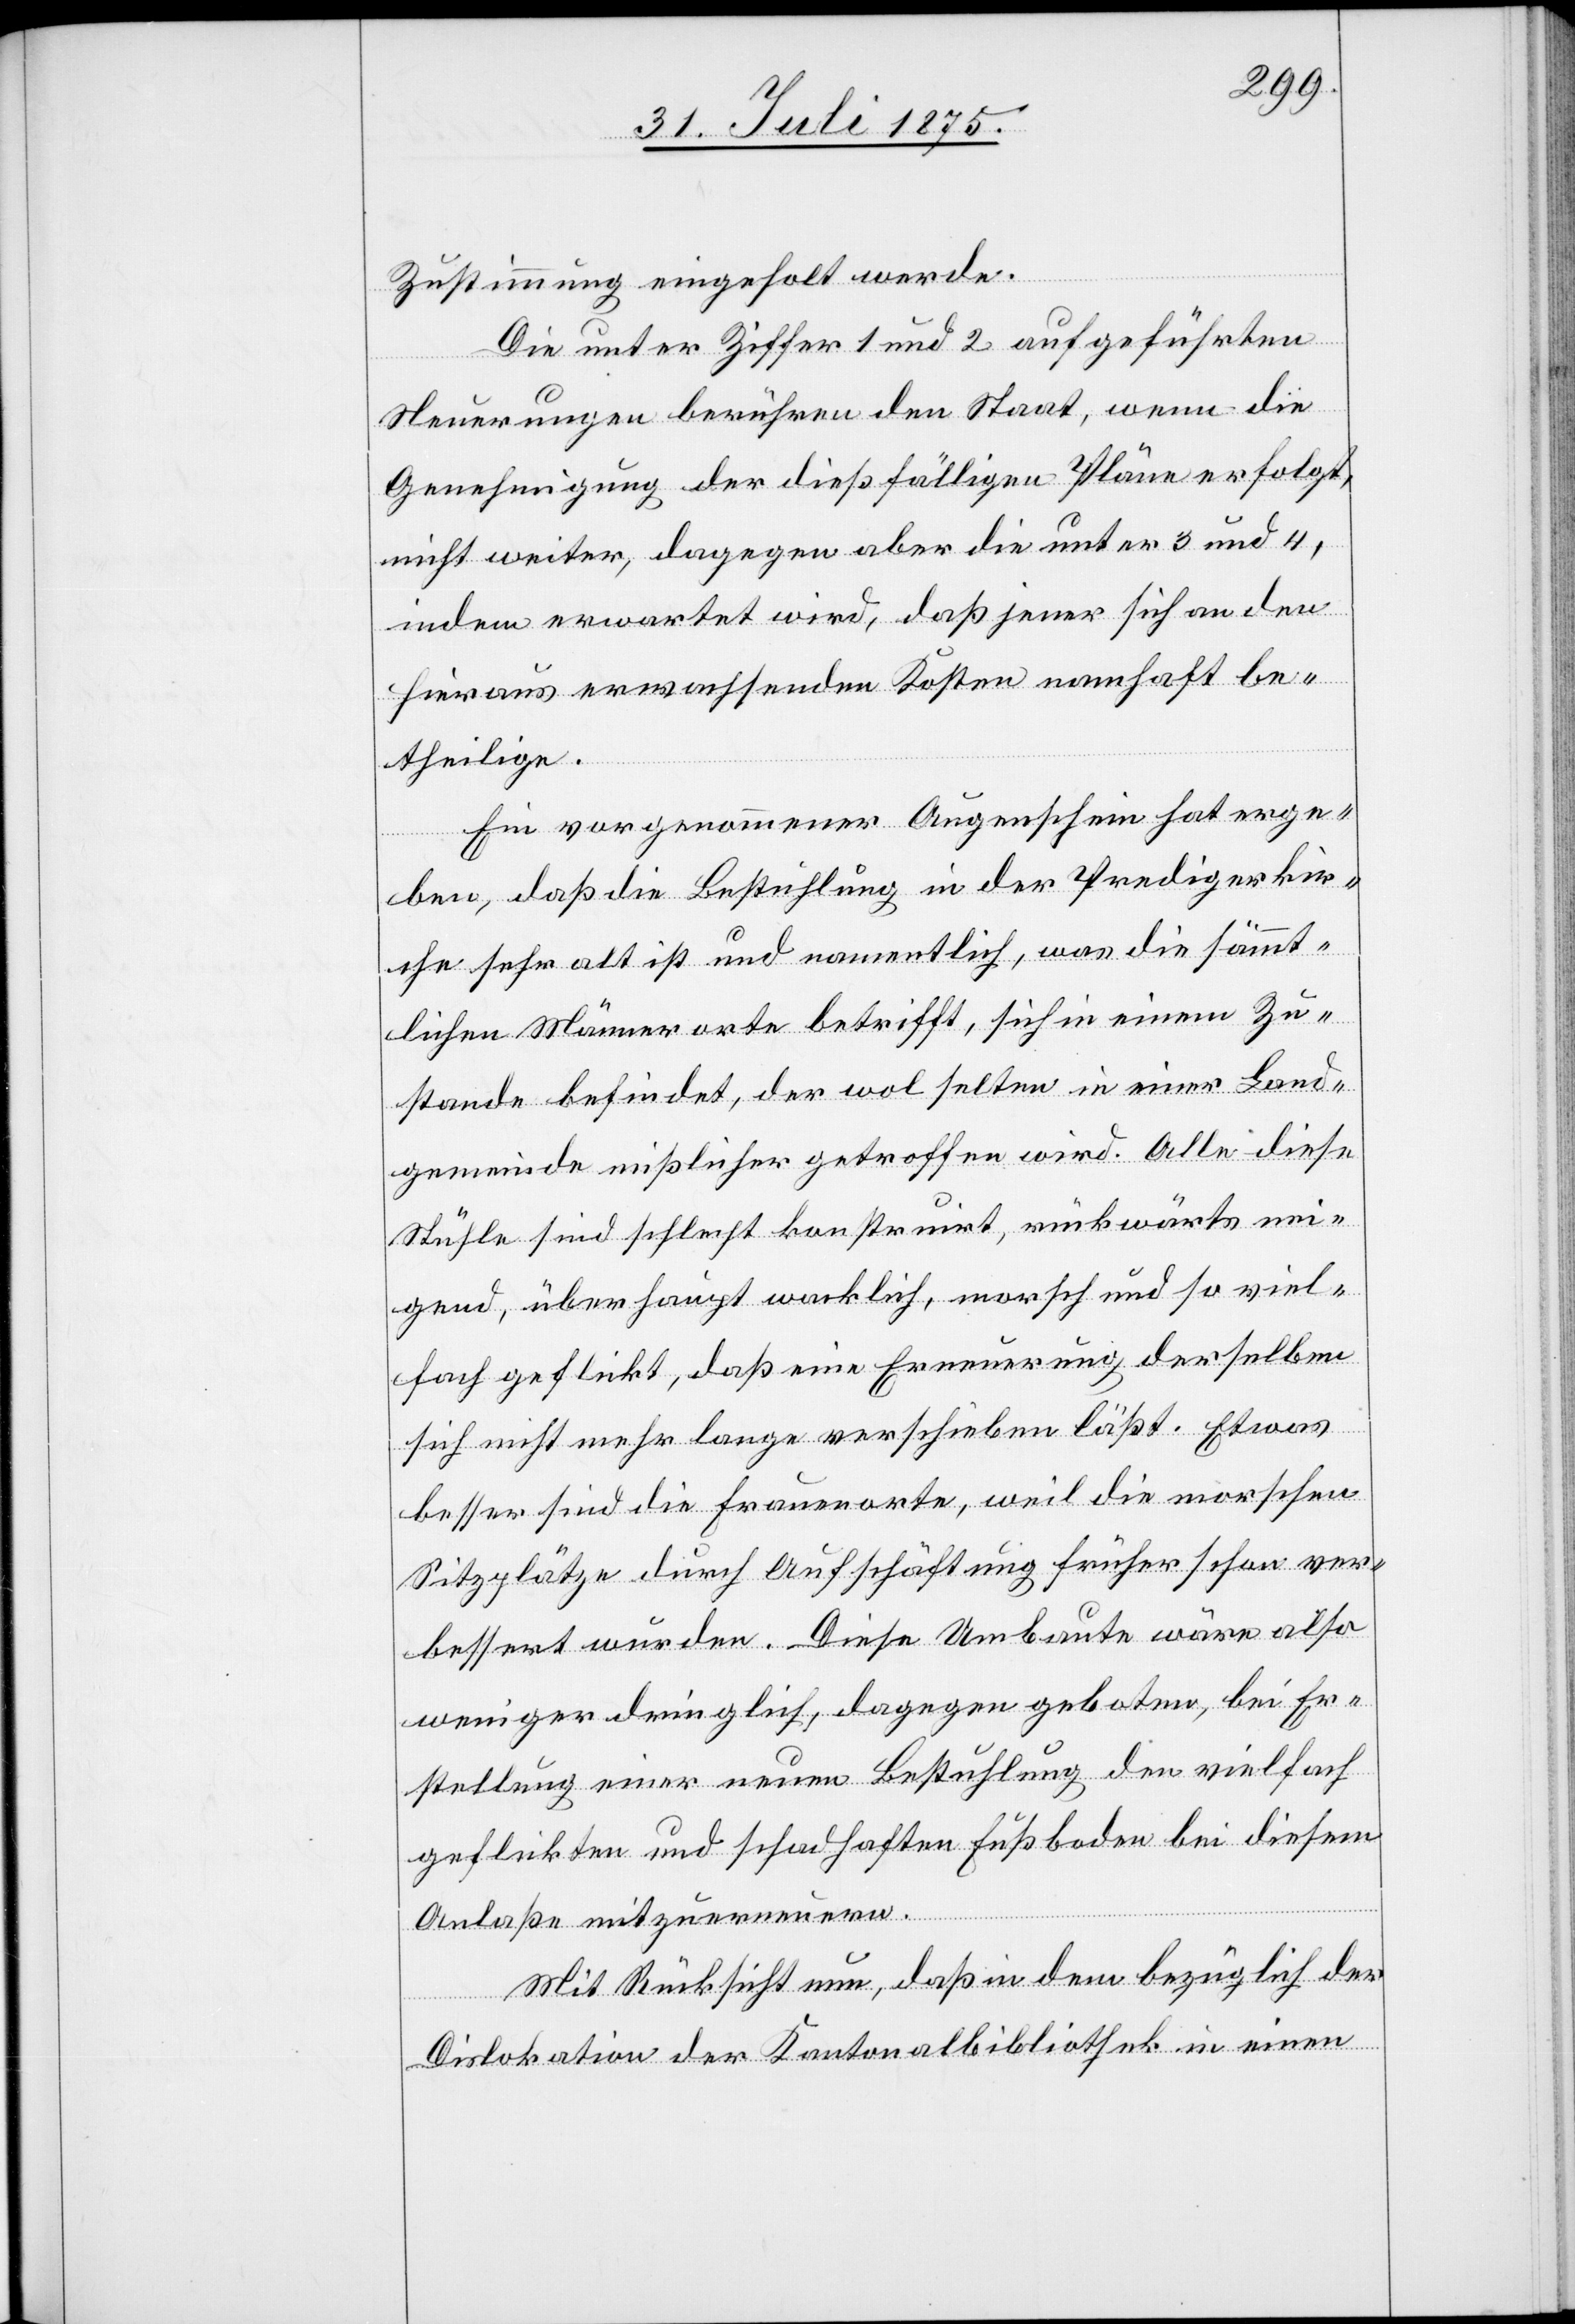
Zustimmung eingeholt werde.
Die unter Ziffer 1 und 2 aufgeführten
Neuerungen berühren den Staat, wenn die
Genehmigung der dießfälligen Pläne erfolgt,
nicht weiter, dagegen aber die unter 3 und 4,
indem erwartet wird, daß jener sich an den
hieraus erwachsenden Kosten namhaft be¬
theilige.
Ein vorgenommener Augenschein hat erge¬
ben, daß die Bestuhlung in der Predigerkir¬
che sehr alt ist und namentlich, was die sämmt¬
lichen Männerorte betrifft, sich in einem Zu¬
stande befindet, der wol selten in einer Land¬
gemeinde mißlicher getroffen wird. Alle diese
Stühle sind schlecht konstruirt, rückwärts nei¬
gend, überhaupt wacklich, morsch und so viel¬
fach geflickt, daß eine Erneuerung derselben
sich nicht mehr lange verschieben läßt. Etwas
besser sind die Frauenorte, weil die morschen
Sitzplätze durch Aufschäftung früher schon ver¬
bessert wurden. Diese Umbaute wäre also
weniger dringlich, dagegen geboten, bei Er¬
stellung einer neuen Bestuhlung den vielfach
geflickten und schadhaften Fußboden bei diesem
Anlaße mitzuerneuern.